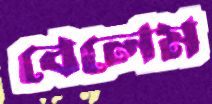
বেলেম